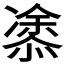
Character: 𭞢